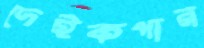
দেইকপার